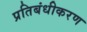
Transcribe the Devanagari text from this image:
प्रतिबंधीकरण